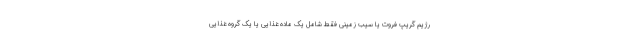
رژیم گریپ فروت یا سیب زمینی فقط شامل یک ماده غذایی یا یک گروه غذایی